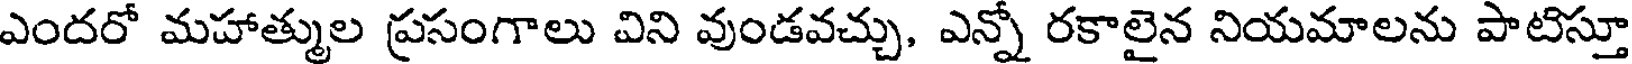
ఎందరో మహాత్ముల ప్రసంగాలు విని వుండవచ్చు, ఎన్నో రకాలైన నియమాలను పాటిస్తూ